Vaccination in Bombay 1869-1873 - 1869-1873
Year: 1869
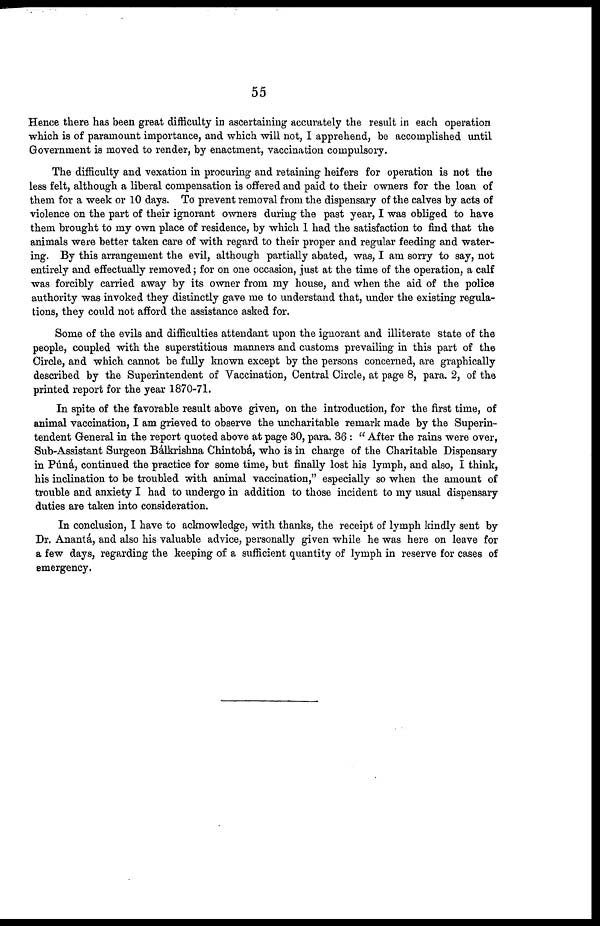
55
Hence there has been great difficulty in ascertaining accurately the result in each operation
which is of paramount importance, and which will not, I apprehend, be accomplished until
Government is moved to render, by enactment, vaccination compulsory.
The difficulty and vexation in procuring and retaining heifers for operation is not the
less felt, although a liberal compensation is offered and paid to their owners for the loan of
them for a week or 10 days. To prevent removal from the dispensary of the calves by acts of
violence on the part of their ignorant owners during the past year, I was obliged to have
them brought to my own place of residence, by which I had the satisfaction to find that the
animals were better taken care of with regard to their proper and regular feeding and water-
ing. By this arrangement the evil, although partially abated, was, I am sorry to say, not
entirely and effectually removed; for on one occasion, just at the time of the operation, a calf
was forcibly carried away by its owner from my house, and when the aid of the police
authority was invoked they distinctly gave me to understand that, under the existing regula-
tions, they could not afford the assistance asked for.
Some of the evils and difficulties attendant upon the ignorant and illiterate state of the
people, coupled with the superstitious manners and customs prevailing in this part of the
Circle, and which cannot be fully known except by the persons concerned, are graphically
described by the Superintendent of Vaccination, Central Circle, at page 8, para. 2, of the
printed report for the year 1870-71.
In spite of the favorable result above given, on the introduction, for the first time, of
animal vaccination, I am grieved to observe the uncharitable remark made by the Superin-
tendent General in the report quoted above at page 30, para. 36 : " After the rains were over,
Sub-Assistant Surgeon Bálkrishna Chintobá, who is in charge of the Charitable Dispensary
in Púná, continued the practice for some time, but finally lost his lymph, and also, I think,
his inclination to be troubled with animal vaccination," especially so when the amount of
trouble and anxiety I had to undergo in addition to those incident to my usual dispensary
duties are taken into consideration.
In conclusion, I have to acknowledge, with thanks, the receipt of lymph kindly sent by
Dr. Anantá, and also his valuable advice, personally given while he was here on leave for
a few days, regarding the keeping of a sufficient quantity of lymph in reserve for cases of
emergency.